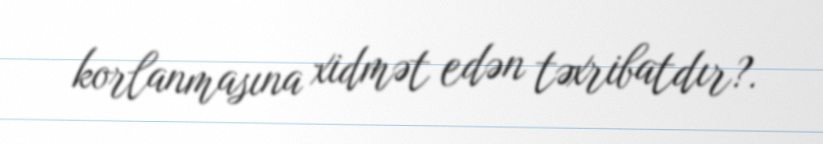
korlanmasına xidmət edən təxribatdır?.